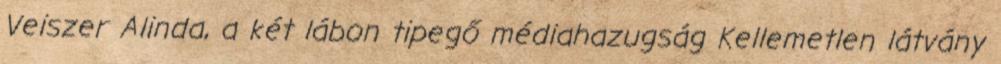
Veiszer Alinda, a két lábon tipegő médiahazugság Kellemetlen látvány